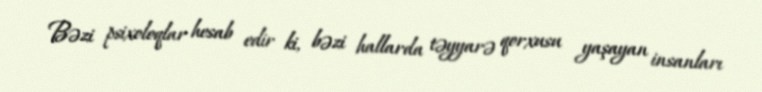
Bəzi psixoloqlar hesab edir ki, bəzi hallarda təyyarə qorxusu yaşayan insanları